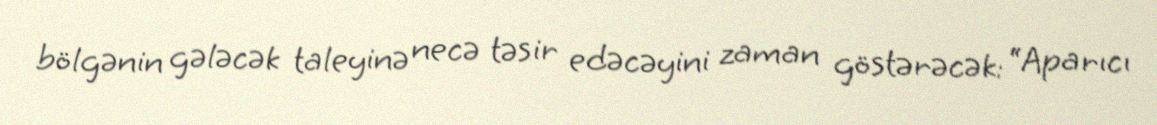
bölgənin gələcək taleyinə necə təsir edəcəyini zaman göstərəcək: “Aparıcı